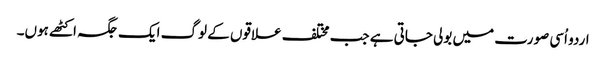
اردو اُسی صورت میں بولی جاتی ہے جب مختلف علاقوں کے لوگ ایک جگہ اکٹھے ہوں۔